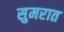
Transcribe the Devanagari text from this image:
सुमरात